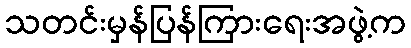
သတင်းမှန်ပြန်ကြားရေးအဖွဲ့က